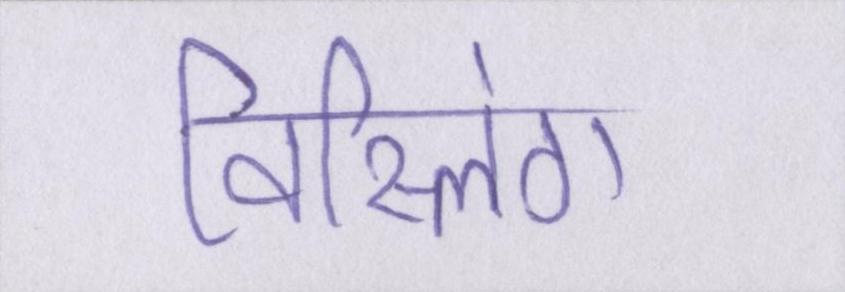
विस्लिंग